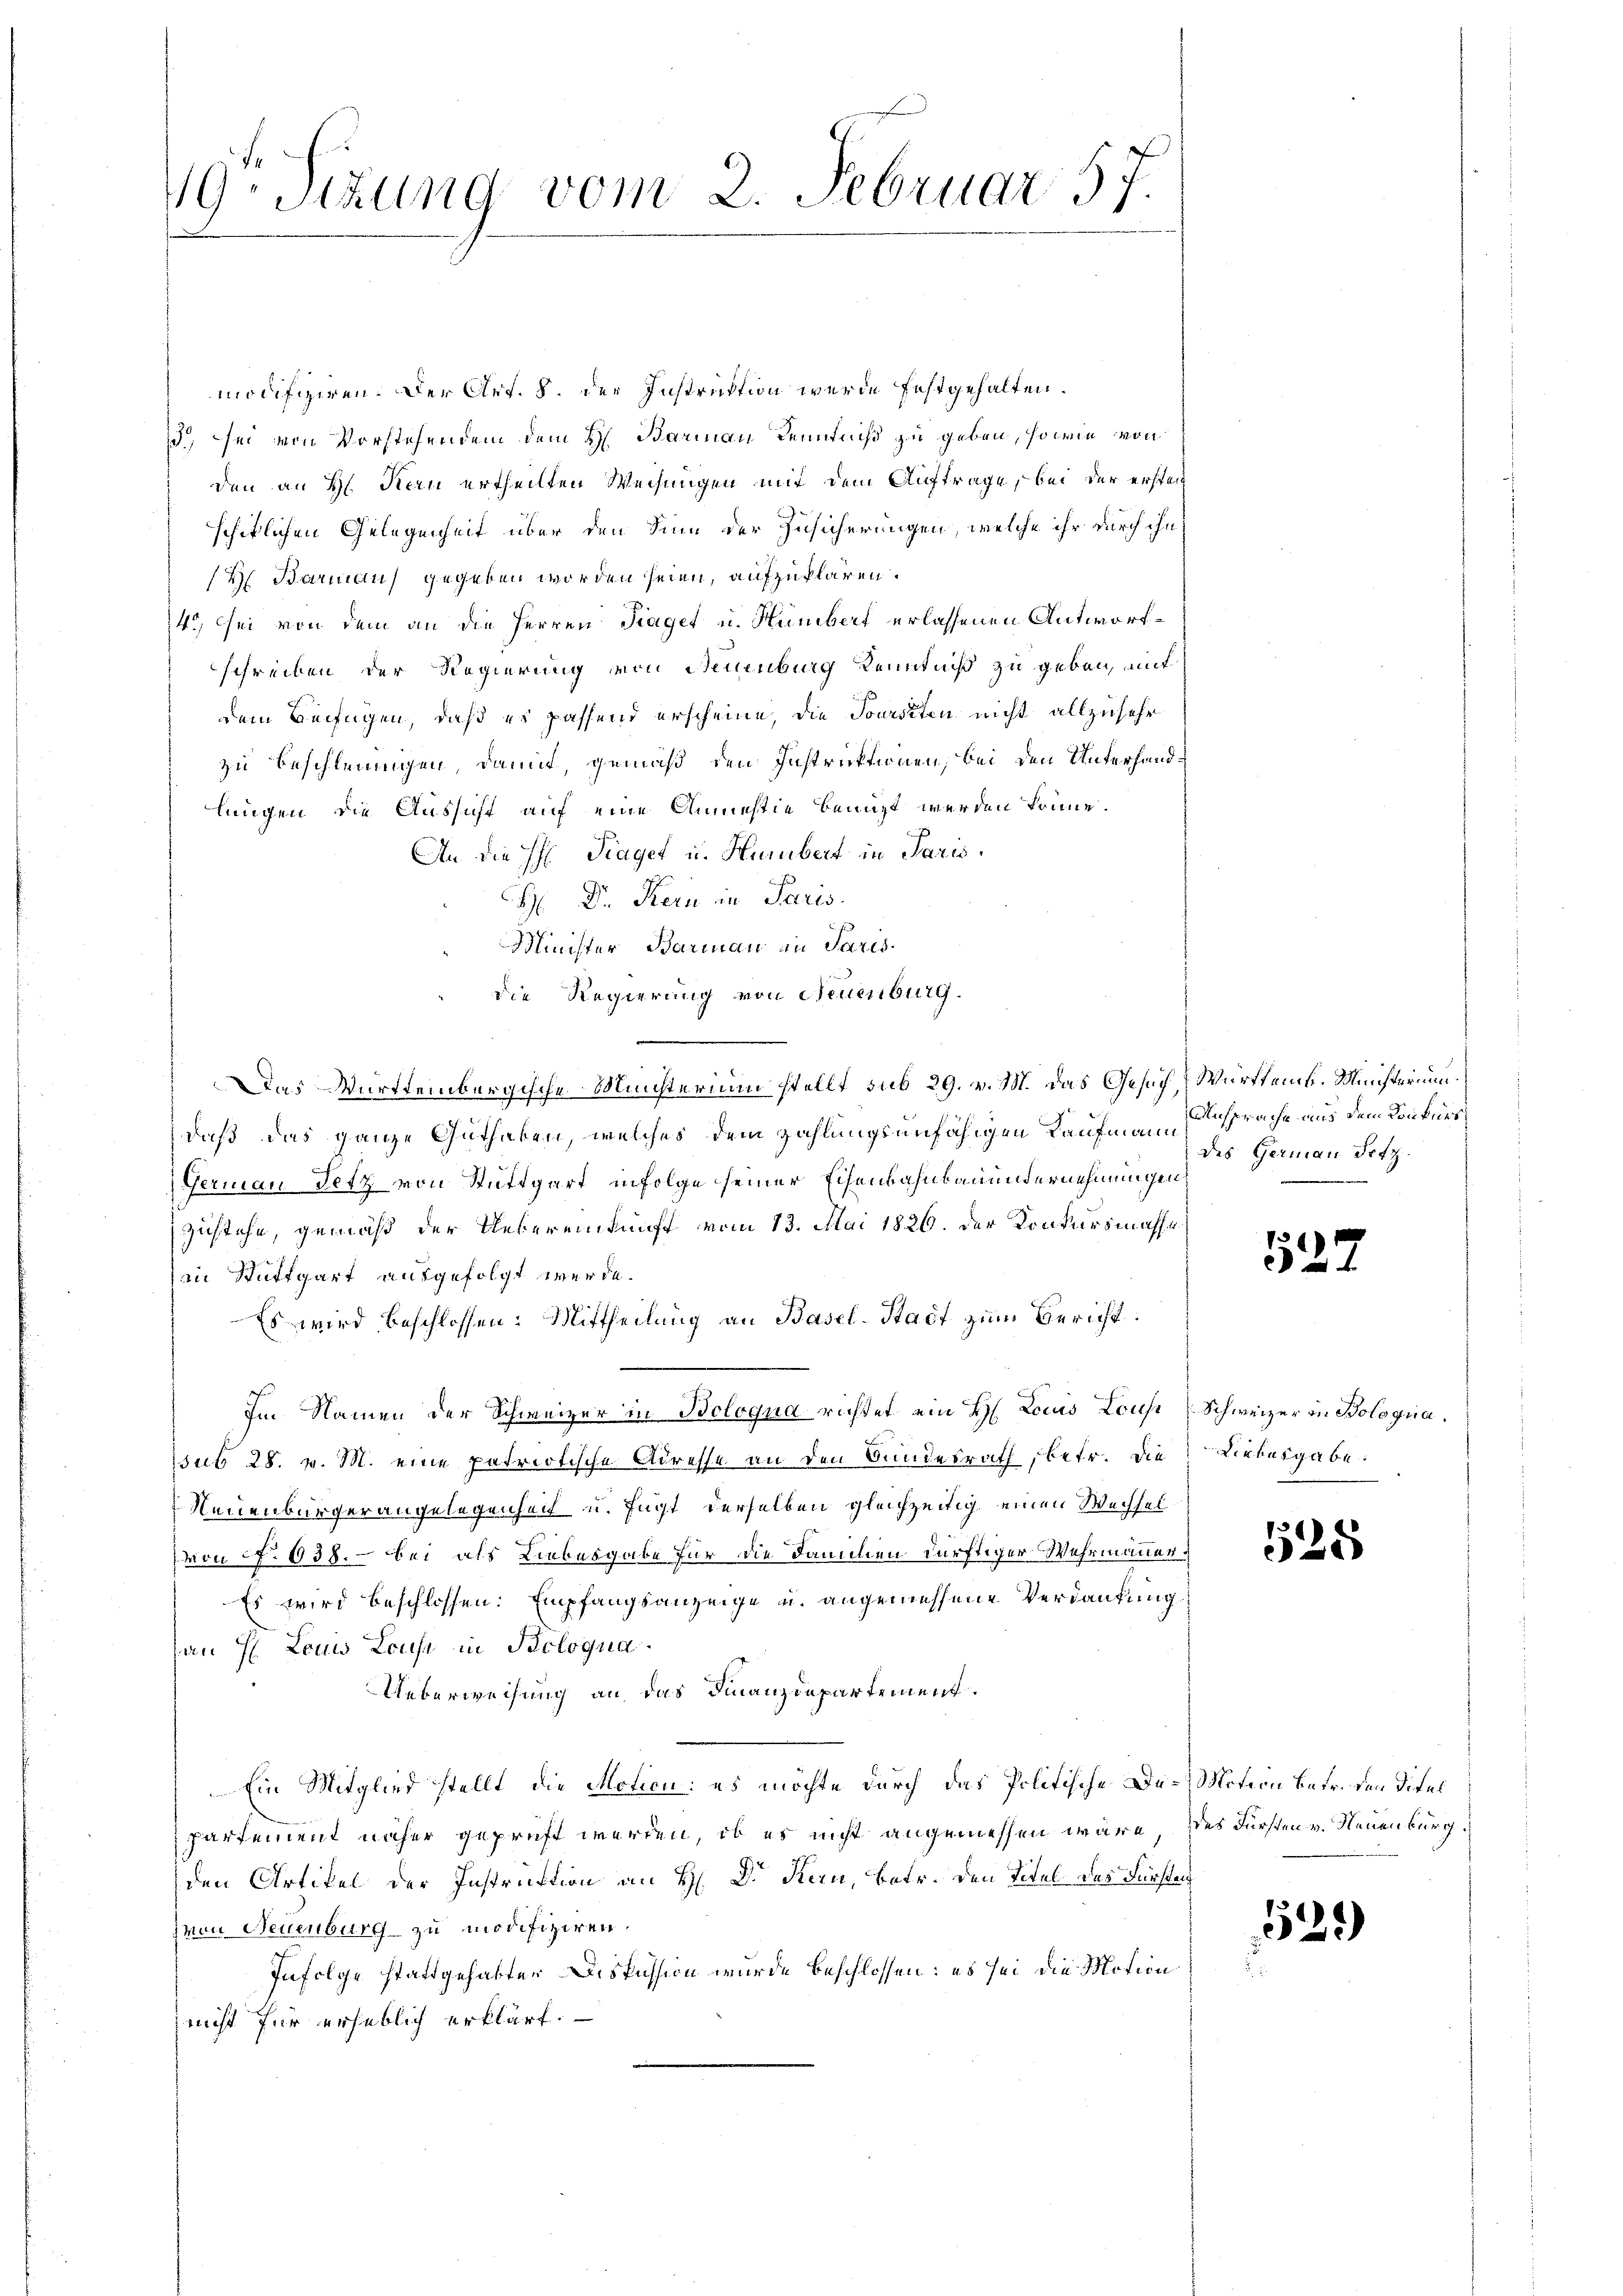
19 Stzung vom 2. Februar 57.

modifiziren. Der Art. 8. der Instruktion werde festgehalten.
) sei von Vorstehendem dem H. Barmann Kenntniß zu geben, sowie von
den an H. Kern ertheilten Weisungen mit dem Auftrage, bei der erstech
schiklichen Gelegenheit über den Sinn der Zusicherungen, welche ihr durch ihn
H. Barmanus gegeben worden seien, aufzuklären.
14.) Sei von dem an die Herren Traget u. Humbert erlassenen Antwortschreiben der Regierung von Neuenburg Kenntniß zu geben, mit
dem Beifügen, daß es passend erscheine, die Toursiten nicht allzusehr
zu beschleunigen, damit, gemäß den Instruktionen, bei den Unterhandlungen, die Aussicht auf eine Anmestie benuzt werden könne.
An die H: Fraget u. Hurubert in Paris.
 Dr. Kern in Paris
Minister, Barmann in Paris
die Regierung von Neuenburg.
Das Württembergische Minsterium stellt sub 29. v. M. das Gesuch Württemb. Ministerium
daß das ganze Guthaben, welches dem Zahlungsunfähigen Kaufmann Ansprache aus dem Konkurr
Germann Setz von Stuttgart infolge seiner Eisenbahnbauendernehmungen
Zustehe, gemäß der Uebereinkunft vom 13. Mai 1826. der Konkursmasse
in Stuttgart ausgefolgt werde.
Es wird beschlossen: Mittheilung an Basel-Stadt zum Bericht
Im Namen der Schweizer in Bologna richtet ein H. Louis Louse
sub 28. v. M. eine patriotische Adresse an den Bundesrath betr. die
Neuenburgerangelegenheit u. fügt derselben gleichzeitig einen Wechsel
(von No 638. bei als Liebesgabe für die Familen dürftiger Wehrmanner
Es wird beschlossen: Empfangsanzeige u. angemessene Verdankung
han H. Louis Louse in Bologna.
Ueberweisung an das Finanzdepartement.
Ein Mitglied stellt die Motion: es möchte durch das Politische De-Motion Betr. den Titel
partement näher geprüft werden, ob es nicht angemessen wäre des Fürsten v. Neuenburg.
den Artikel der Instruktion an H: Dr. Kern, betr. den Titel des Fürsten
zvon Neuenburg zu modifiziren.
Infolge stattgehabter Diskussion wurde beschlossen: es sei die Motion
nicht für erheblich erklärt.

des Germann Setz.

522

Schweizer in Bologna.
Liebesgabe.

528

529